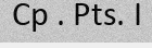
Cp . Pts. I